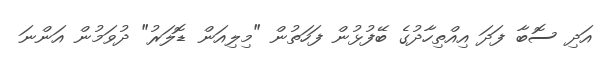
އަދި ސޮބާ ފަދަ އިއްތިހާދުގެ ބޭފުޅުން ފަހަތުން "މިލިއަން ޑޮލަރު" ދުވަމުން އަންނަ